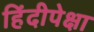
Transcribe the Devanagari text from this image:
हिंदीपेक्षा